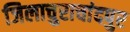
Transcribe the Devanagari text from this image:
जिलाचुराचांदपुर